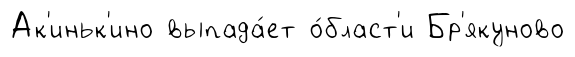
Ак'иньк'ино выпада́ет о́бласт'и Бр'якуново